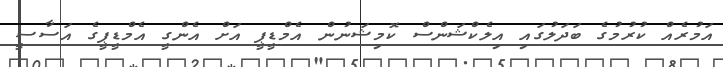
އަމުރެއް ކުރުމުގެ ބަދަލުގައި އިލެކްޝަންސް ކޮމިޝަނުން އެމްޑީޕީ އަށް އެންގީ އެމްޑީޕީގެ އަސާސީ